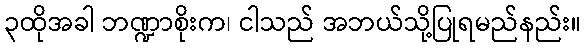
၃ထိုအခါ ဘဏ္ဍာစိုးက၊ ငါသည် အဘယ်သို့ပြုရမည်နည်း။